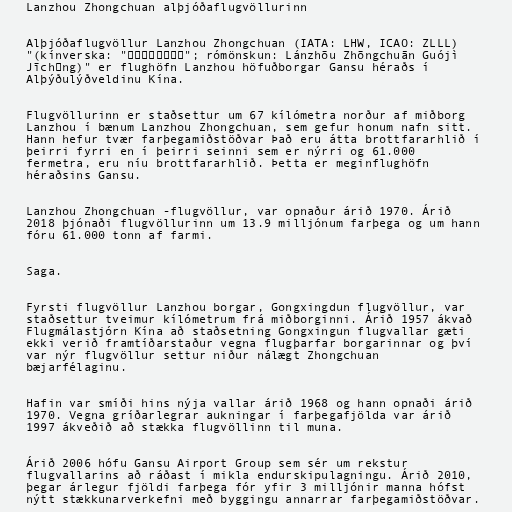
Lanzhou Zhongchuan alþjóðaflugvöllurinn

Alþjóðaflugvöllur Lanzhou Zhongchuan (IATA: LHW, ICAO: ZLLL)
"(kínverska: "兰州中川国际机场"; rómönskun: Lánzhōu Zhōngchuān Guójì
Jīchǎng)" er flughöfn Lanzhou höfuðborgar Gansu héraðs í
Alþýðulýðveldinu Kína.

Flugvöllurinn er staðsettur um 67 kílómetra norður af miðborg
Lanzhou í bænum Lanzhou Zhongchuan, sem gefur honum nafn sitt.
Hann hefur tvær farþegamiðstöðvar Það eru átta brottfararhlið í
þeirri fyrri en í þeirri seinni sem er nýrri og 61.000
fermetra, eru níu brottfararhlið. Þetta er meginflughöfn
héraðsins Gansu.

Lanzhou Zhongchuan -flugvöllur, var opnaður árið 1970. Árið
2018 þjónaði flugvöllurinn um 13.9 milljónum farþega og um hann
fóru 61.000 tonn af farmi.

Saga.

Fyrsti flugvöllur Lanzhou borgar, Gongxingdun flugvöllur, var
staðsettur tveimur kílómetrum frá miðborginni. Árið 1957 ákvað
Flugmálastjórn Kína að staðsetning Gongxingun flugvallar gæti
ekki verið framtíðarstaður vegna flugþarfar borgarinnar og því
var nýr flugvöllur settur niður nálægt Zhongchuan
bæjarfélaginu.

Hafin var smíði hins nýja vallar árið 1968 og hann opnaði árið
1970. Vegna gríðarlegrar aukningar í farþegafjölda var árið
1997 ákveðið að stækka flugvöllinn til muna.

Árið 2006 hófu Gansu Airport Group sem sér um rekstur
flugvallarins að ráðast í mikla endurskipulagningu. Árið 2010,
þegar árlegur fjöldi farþega fór yfir 3 milljónir manna hófst
nýtt stækkunarverkefni með byggingu annarrar farþegamiðstöðvar.